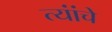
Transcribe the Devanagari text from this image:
त्यांंचेे